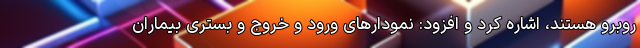
روبرو هستند، اشاره کرد و افزود: نمودارهای ورود و خروج و بستری بیماران